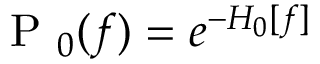
\mathrm { ~ P ~ } _ { 0 } ( f ) = e ^ { - H _ { 0 } [ f ] }